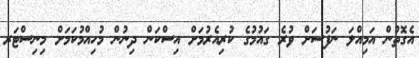
އެގޮތުން އަމިއްލަ ނަފުސަށް ވުރެ ގައުމުގެ ކުރިއެރުމަށް އިސްކަން ދިނުން މުހިއްމުކަމަށް މިނިސްޓަރ